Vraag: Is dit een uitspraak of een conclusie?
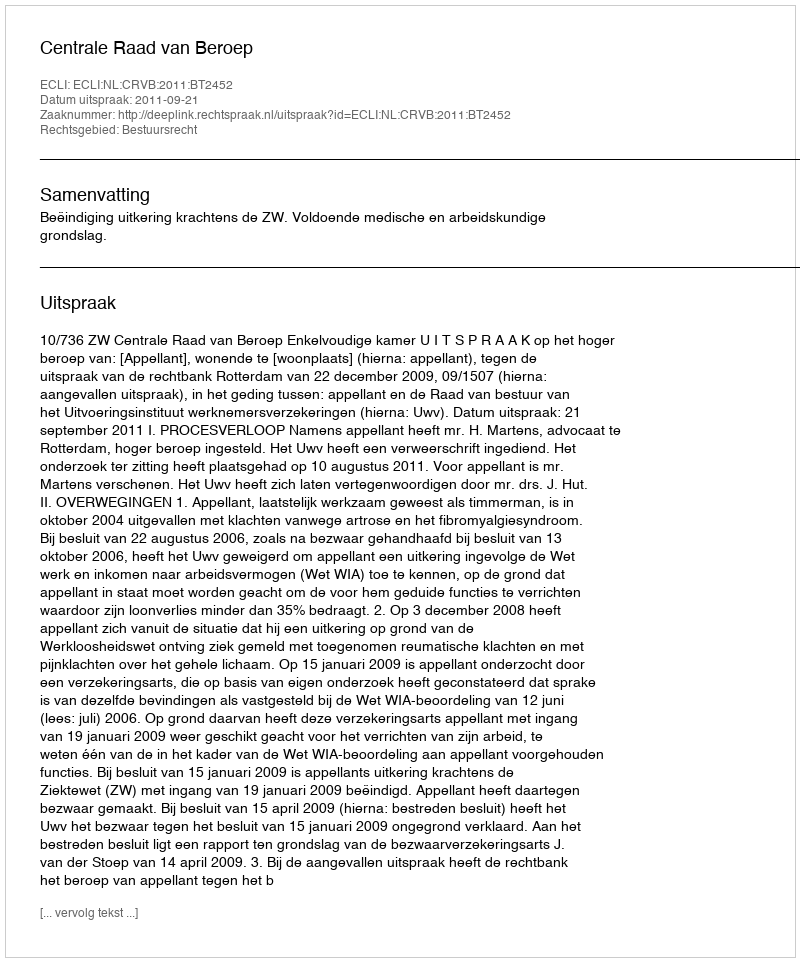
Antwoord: Uitspraak